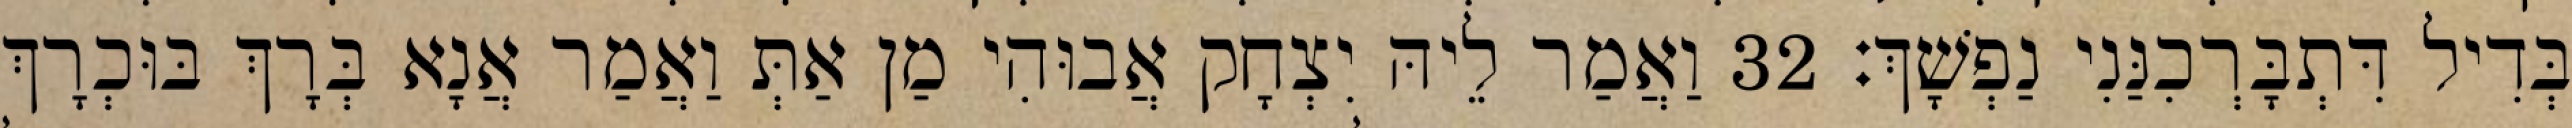
בְּדִיל דִּתְבָּרְכִנַּנִי נַפְשָׁךְ׃ 32 וַאֲמַר לֵיהּ יִצְחָק אֲבוּהִי מַן אַתְּ וַאֲמַר אֲנָא בְּרָךְ בּוּכְרָךְ